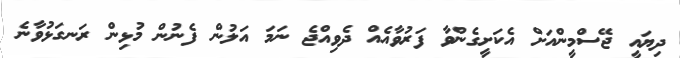
ދިޔައީ ޖޭސްމީންއަށް އެކަށީގެންވާ ފަރުވާއެެއް ދެވިއްޖެ ނަަމަ އަލުން ފެނުން މުޅިން ރަނގަޅުވާނެެ